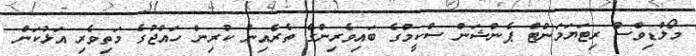
މޯލްޑިވްސް ރިޓަޔަމަންޓް ޕެންޝަން ސްކީމްގެ ބައިވެރިންގެ ތެރެއިން ކުރިން ހައްޖުގެ މަތިވެރި އަޅުކަން